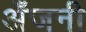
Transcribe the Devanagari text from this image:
अँजनी